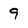
Character: 9